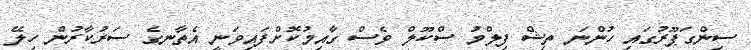
ސިންގަޕޫރުގައި ހުންނަ ތިޝް ފިލްމު ސްކޫލް ވެސް ގާއިމުކޮށްފައިވަނީ އެތާނގެ ސަރުކާރުން ހިލޭ